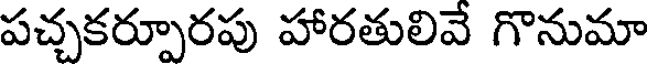
పచ్చకర్పూరపు హారతులివే గొనుమా